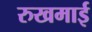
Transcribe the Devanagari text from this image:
रुखमाई